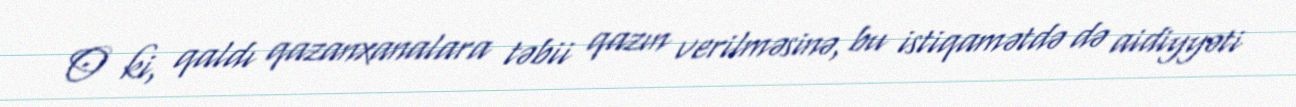
O ki, qaldı qazanxanalara təbii qazın verilməsinə, bu istiqamətdə də aidiyyəti